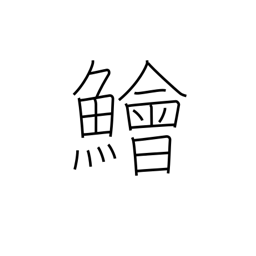
Meaning: lizard fish